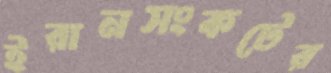
ইরানসংকটের